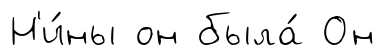
Н'и́ны он была́ Он